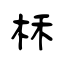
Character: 柇